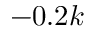
- 0 . 2 k